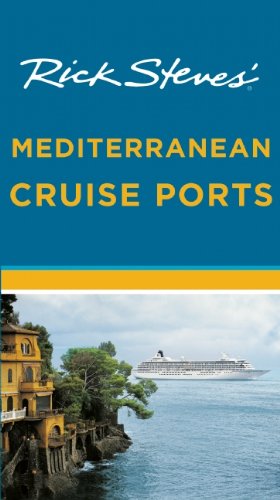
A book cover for Rick Steves' Mediterranean Cruise Ports; Rick Steves; Travel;